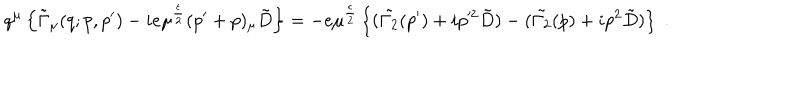
q ^ { \mu } \left\{ \tilde { \Gamma } _ { \mu } ( q ; p , p ^ { \prime } ) - i e \mu ^ { \frac { \epsilon } { 2 } } ( p ^ { \prime } + p ) _ { \mu } \tilde { D } \right\} = - e \mu ^ { \frac { \epsilon } { 2 } } \left\{ ( \tilde { \Gamma _ { 2 } } ( p ^ { \prime } ) + i p ^ { \prime 2 } \tilde { D } ) - ( \tilde { \Gamma _ { 2 } } ( p ) + i p ^ { 2 } \tilde { D } ) \right\} \; .